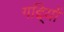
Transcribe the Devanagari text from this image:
गद्दि्यों